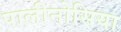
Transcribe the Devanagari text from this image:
पालीनोसिया